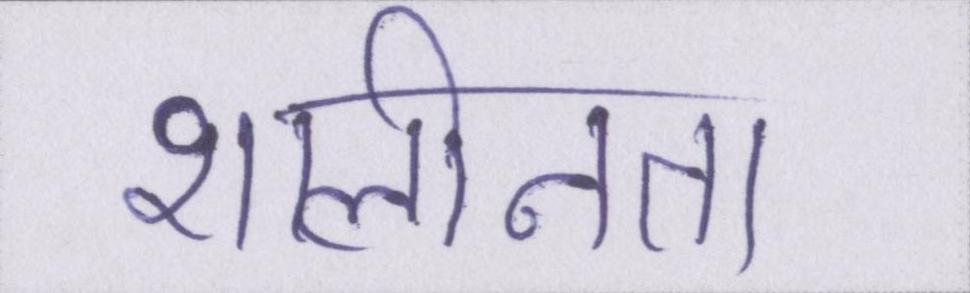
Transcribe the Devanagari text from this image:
शालीनता